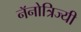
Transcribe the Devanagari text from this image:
नॅनोत्रिज्यी